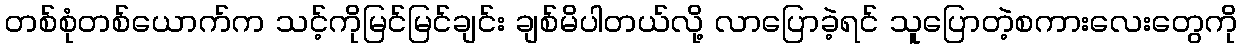
တစ်စုံတစ်ယောက်က သင့်ကိုမြင်မြင်ချင်း ချစ်မိပါတယ်လို့ လာပြောခဲ့ရင် သူပြောတဲ့စကားလေးတွေကို